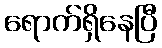
ရောက်ရှိနေပြီ